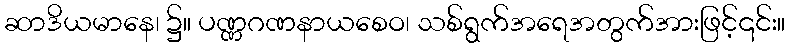
ဆာဒိယမာနေ၊ ၌။ ပဏ္ဏဂဏနာယစေဝ၊ သစ်ရွက်အရေအတွက်အားဖြင့်၎င်း။